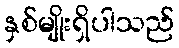
နှစ်မျိုးရှိပါသည်